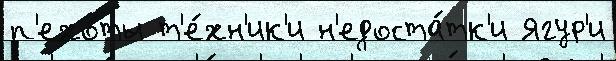
п'ехо́ты т'е́хн'ик'и н'едоста́тк'и Ягур'и